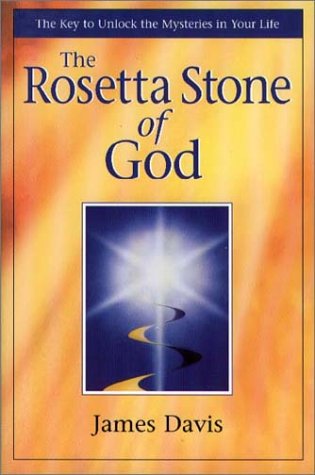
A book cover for The Rosetta Stone of God; James Davis; Religion & Spirituality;